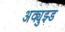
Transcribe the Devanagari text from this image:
अक्युझ्ड